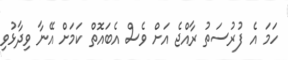
ހަމަ އެ ފުރުސަތު ރާއްޖެ އަށް ވެސް އެބައޮތް ކަމަށް އޭނާ ވިދާޅުވި